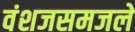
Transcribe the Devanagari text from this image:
वंशजसमजले